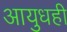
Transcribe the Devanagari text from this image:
आयुधही